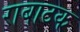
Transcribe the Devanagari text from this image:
राबाटक